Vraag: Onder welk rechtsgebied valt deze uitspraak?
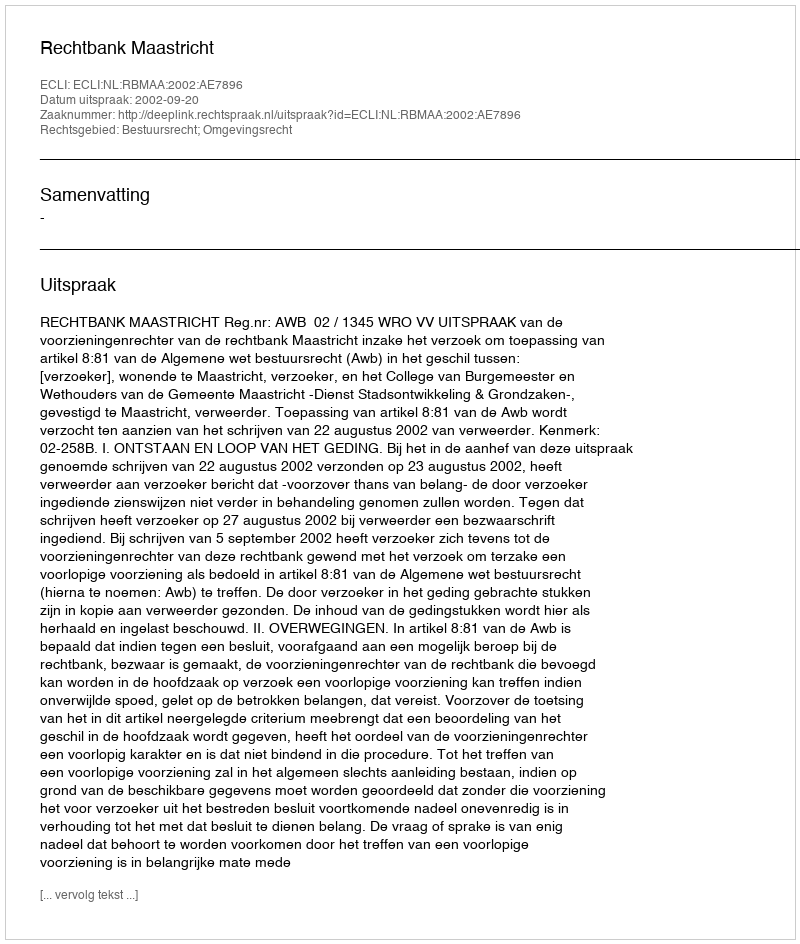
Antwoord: Bestuursrecht; Omgevingsrecht